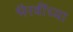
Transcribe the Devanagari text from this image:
भैरवींच्या